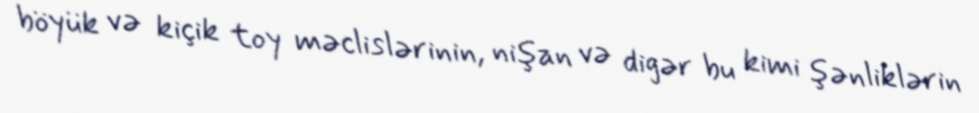
böyük və kiçik toy məclislərinin, nişan və digər bu kimi şənliklərin